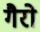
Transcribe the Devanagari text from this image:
गैरो